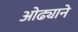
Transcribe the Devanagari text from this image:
ओढ्याने